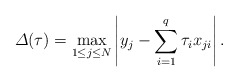
\begin{gather*}\varDelta(\tau)= \underset{1 \leq j \leq N} {\max}\left|y_j - \sum_{i=1}^{q}\tau_i x_{ji}\right|.\end{gather*}